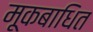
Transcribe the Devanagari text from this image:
मूकबाधित